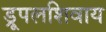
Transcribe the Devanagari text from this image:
ड्रूपलशिवाय